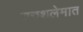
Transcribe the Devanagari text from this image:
यरुशलेमात